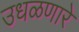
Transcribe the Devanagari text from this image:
उधळणारे